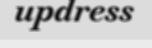
updress